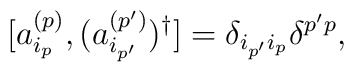
[a^{(p)}_{i_p},(a^{(p^\prime)}_{i_{p^\prime}})^\dagger]=\delta_{i_{p^\prime}i_p}\delta ^{p^\prime p},